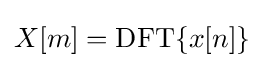
X[m]=\operatorname {DFT} \{x[n]\}